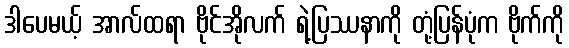
ဒါပေမယ့် အာလ်ထရာ ဗိုင်အိုလက် ရဲ့ပြဿနာကို တုံ့ပြန်ပုံက ဗိုက်ကို